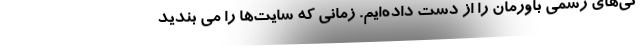
نی‌های رسمی باورمان را از دست داده‌ایم. زمانی که سایت‌ها را می بندید